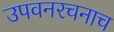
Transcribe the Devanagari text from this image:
उपवनरचनाच